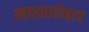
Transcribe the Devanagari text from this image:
माधवाधोक्षज